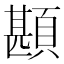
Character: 䫖